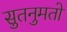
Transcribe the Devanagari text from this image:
सुतनुमतो